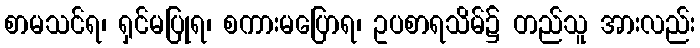
စာမသင်ရ၊ ရှင်မပြုရ၊ စကားမပြောရ၊ ဥပစာရသိမ်၌ တည်သူ အားလည်း